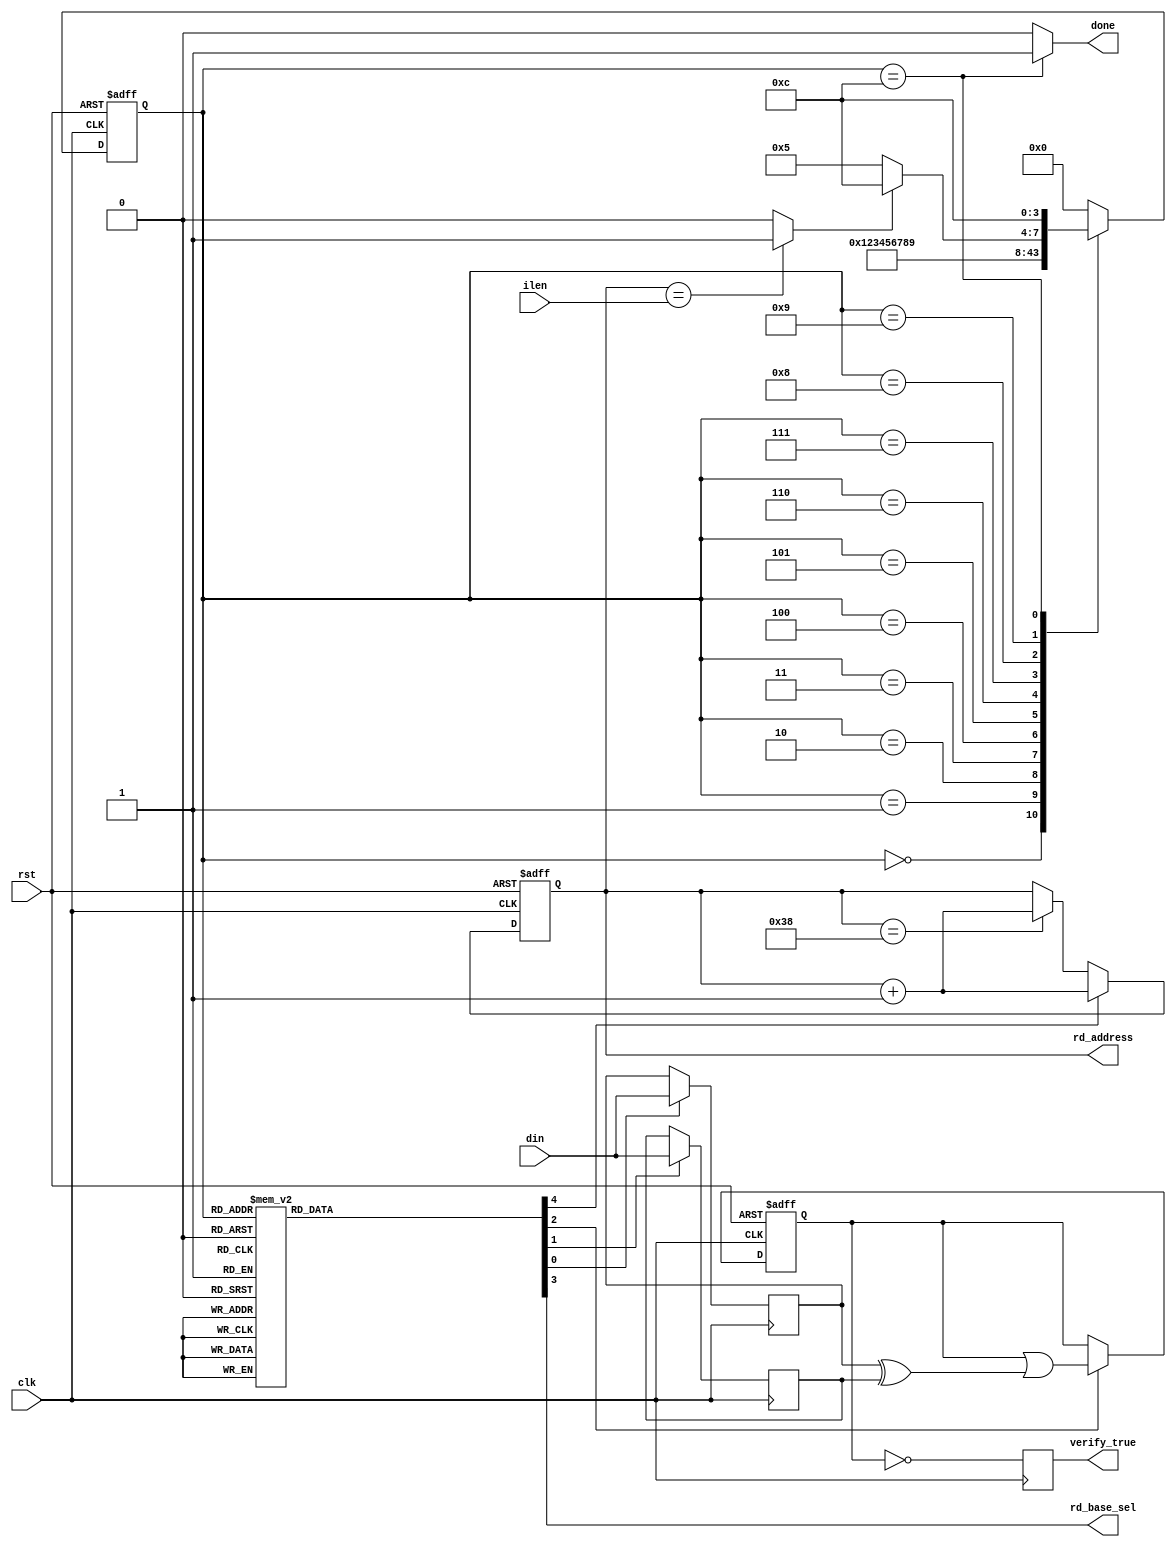
`timescale 1ns / 1ps

/***************************************************************************************************
    1. Design Name:             verify
    2. Preparation Date:        May 04, 2021
    3. Initial designed by:     Dr. Sujoy Sinha Roy and Andrea Basso
    4. Design optimized by:     Malik Imran and Samuel Pagliarini (Tallinn University of Technology, Estonia)              
    
    Note! The codes are for academic research use only and does not come with any support or any responsibility. 
****************************************************************************************************/

module verify(clk, rst, ilen,
			 rd_address, rd_base_sel, din,
			 verify_true,
			 done);

input clk, rst;
input [9:0] ilen;	// input length for comparison; output len for writing result

output reg [8:0] rd_address;
output rd_base_sel;
input [63:0] din;

output verify_true;
output done;


reg [63:0] acc, din0, din1;
reg din0_en, din1_en, acc_en;
reg verify_true;
reg rd_base_sel, inc_rd_address;

reg [3:0] state, nextstate;
wire rd_address_last;



always @(posedge clk)
begin
	if(din0_en)
		din0 <= din;
	if(din1_en)
		din1 <= din;
end

always @(posedge clk or posedge rst)
begin
	if(rst)
		acc <= 64'b0;
	else if(acc_en)
		acc <= acc | (din0 ^ din1);
	else
		acc <= acc;
end

always @(posedge clk)
begin
		verify_true <= (acc==64'd0);
end

always @(posedge clk or posedge rst)
begin
	if(rst)	
		rd_address <= 9'd0;
	else if(inc_rd_address)
		rd_address <= rd_address + 1'b1;
	else if(rd_address == 9'd56)
	   rd_address <= rd_address+1; 
	else
		rd_address <= rd_address;
end		

assign rd_address_last = (rd_address == ilen) ? 1'b1 : 1'b0;

// Sequential Logic		
always @(posedge clk or posedge rst)
begin
	if(rst)
		state <= 4'd0;
	else	
		state <= nextstate;
end

// Combinational Logic
always @(*)
begin
	case(state)
	4'd0:    begin din0_en=0; din1_en=0; acc_en=0; rd_base_sel=0; inc_rd_address=0; end
	4'd1:    begin din0_en=0; din1_en=0; acc_en=0; rd_base_sel=0; inc_rd_address=0; end
	4'd2:    begin din0_en=0; din1_en=0; acc_en=0; rd_base_sel=1; inc_rd_address=0; end // set rd_base_sel
	4'd3:    begin din0_en=0; din1_en=0; acc_en=0; rd_base_sel=0; inc_rd_address=1; end // increment read address
	4'd4:    begin din0_en=1; din1_en=0; acc_en=0; rd_base_sel=0; inc_rd_address=0; end // set din0_en
	4'd5:    begin din0_en=0; din1_en=1; acc_en=0; rd_base_sel=0; inc_rd_address=0; end // set din1_en	
    4'd6:    begin din0_en=0; din1_en=0; acc_en=0; rd_base_sel=1; inc_rd_address=0; end // set rd_base_sel	
	4'd7:    begin din0_en=0; din1_en=0; acc_en=0; rd_base_sel=0; inc_rd_address=1; end // increment read address	
	4'd8:    begin din0_en=1; din1_en=0; acc_en=0; rd_base_sel=0; inc_rd_address=0; end // set din0_en	
	4'd9:    begin din0_en=0; din1_en=0; acc_en=1; rd_base_sel=0; inc_rd_address=0; end // set acc_en
	//4'd10:   begin din0_en=0; din1_en=0; acc_en=0; rd_base_sel=1; inc_rd_address=1; end // set rd_base_sel; increment read address
	//4'd11:   begin din0_en=0; din1_en=0; acc_en=0; rd_base_sel=0; inc_rd_address=0; end // NOP
	4'd12:   begin din0_en=0; din1_en=0; acc_en=0; rd_base_sel=0; inc_rd_address=0; end
	default: begin din0_en=0; din1_en=0; acc_en=0; rd_base_sel=0; inc_rd_address=0; end				
	endcase
end
		
always @(*)
begin
	case(state)
	4'd0: nextstate = 4'd1;
	4'd1: nextstate = 4'd2;
	4'd2: nextstate = 4'd3;
	4'd3: nextstate = 4'd4;	
	4'd4: nextstate = 4'd5;
	4'd5: nextstate = 4'd6;
	4'd6: nextstate = 4'd7;
	4'd7: nextstate = 4'd8;
	4'd8: nextstate = 4'd9;
	//4'd9: nextstate = 4'd11;
	//4'd10: nextstate = 4'd11;
	4'd9: begin
					if(rd_address_last)
						nextstate =4'd12;
					else
						nextstate = 4'd5;
				end
	4'd12: nextstate = 4'd12;
	default: nextstate = 4'd0;	
	endcase
end

assign done = (state==4'd12) ? 1'b1 : 1'b0;
		
endmodule